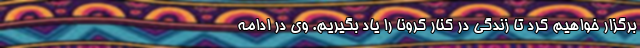
برگزار خواهیم کرد تا زندگی در کنار کرونا را یاد بگیریم. وی در ادامه